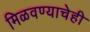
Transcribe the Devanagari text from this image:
मिळवण्याचेही